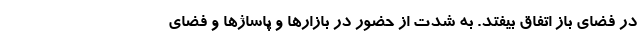
در فضای باز اتفاق بیفتد. به شدت از حضور در بازارها و پاساژها و فضای